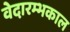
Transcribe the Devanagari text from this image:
वेदारम्भकाल